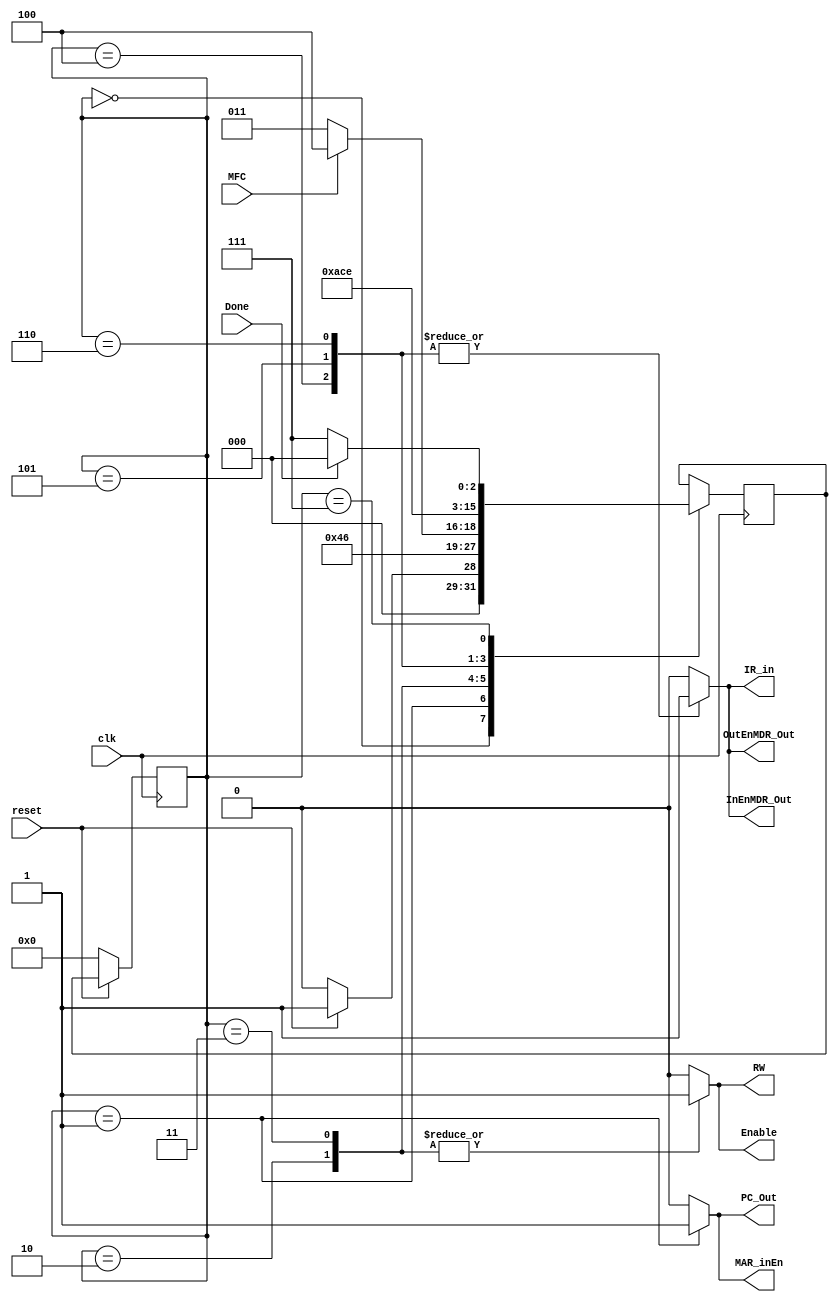
// Instruction Fetch FSM Module
// SS&M Final
// Johnathan Banks
//*******************************************************
module IFetch(PC_Out, MAR_inEn, RW, Enable, InEnMDR_Out, OutEnMDR_Out, IR_in, reset, clk, Done, MFC);

input reset, clk, Done, MFC;
output PC_Out, MAR_inEn, RW, Enable, InEnMDR_Out, OutEnMDR_Out, IR_in;
reg PC_Out, MAR_inEn, RW, Enable, InEnMDR_Out, OutEnMDR_Out, IR_in;
reg [3:0] state, next_state;

parameter
		Zero  = 4'b0000, // Zero  = Waiting for begin signal (Done or Reset) *Denotes variable changed this state
		
						// Zero  | PC_Out = 0  | MAR_inEn = 0  | RW = 0  | Enable = 0  | InEnMDR_Out = 0  | IR_in = 0
						//----------------------------------------------------------------------------------------------
		One   = 4'b0001, // One   | PC_Out = 1* | MAR_inEn = 1* | RW = 0  | Enable = 0  | InEnMDR_Out = 0  | IR_in = 0
						//----------------------------------------------------------------------------------------------
		Two   = 4'b0010, // Two   | PC_Out = 0* | MAR_inEn = 0* | RW = 1* | Enable = 1* | InEnMDR_Out = 0  | IR_in = 0  
						//----------------------------------------------------------------------------------------------
		Three = 4'b0011, // Three | This state is waiting for MFC to be '1'
						//----------------------------------------------------------------------------------------------
		Four  = 4'b0100, // Four  | PC_Out = 0  | MAR_inEn = 0  | RW = 1  | Enable = 1  | InEnMDR_Out = 1* | IR_in = 1*
						//----------------------------------------------------------------------------------------------
		Five  = 4'b0101, // Five  |PC_Out = 0  | MAR_inEn = 0  | RW = 0* | Enable = 0* | InEnMDR_Out = 0* | IR_in = 0* 
		Six	  = 4'b0110,
		Seven = 4'b0111;
		

always @(posedge clk)
begin
if (!reset) state <= Zero;
else /*if (clk)*/ state <= next_state;
end

always@(posedge clk)
begin
	case (state)
	Zero: begin if (reset) next_state <= One;
		  else next_state <= Zero; end
	One: 	next_state <= Two;
	Two: 	next_state <= Three;
	Three: 	begin if (MFC) next_state <= Four;
			else next_state <= Three; end
	Four: 	next_state <= Five;
	Five: 	next_state <= Six;
	Six :	next_state <= Seven;
	Seven: 	if (Done) next_state <= Zero;
			else next_state <= Seven;
	endcase
end

always@(state)
	begin
		PC_Out 			<= 1'b0; 
		MAR_inEn 		<= 1'b0;
		RW				<= 1'b0;
		Enable			<= 1'b0;
		InEnMDR_Out		<= 1'b0;
		OutEnMDR_Out 	<= 1'b0;
		IR_in			<= 1'b0;
	// Outputs set to default values
	case (state)
		Zero: /* Empty State */ ; 	
		One: 	begin
					PC_Out   <= 1'b1;
					MAR_inEn <= 1'b1;
				end
		Two:  	begin
					PC_Out   <= 1'b0;
					MAR_inEn <= 1'b0;
					RW		 <= 1'b1;
					Enable	 <= 1'b1;
				end	
		Three:  begin // Repeat and hold value
					RW		 <= 1'b1;
					Enable	 <= 1'b1;
				end
		Four: 	begin
					RW			  <= 1'b0;
					Enable	 	  <= 1'b0;
					InEnMDR_Out   <= 1'b1;
					OutEnMDR_Out  <= 1'b1;
					IR_in		  <= 1'b1;
				end
		Five:	begin
					InEnMDR_Out   <= 1'b1;
					OutEnMDR_Out  <= 1'b1;
					IR_in		  <= 1'b1;
				end
		Six:	begin
					InEnMDR_Out   <= 1'b1;
					OutEnMDR_Out  <= 1'b1;
					IR_in		  <= 1'b1;
				end
		Seven: 	begin
					InEnMDR_Out   <= 1'b0;
					OutEnMDR_Out  <= 1'b0;
					IR_in		  <= 1'b0;
				end
	endcase
	end
endmodule